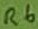
Text: R6